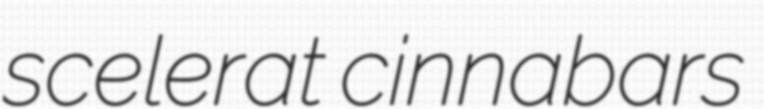
scelerat cinnabars